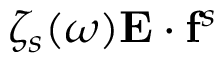
\zeta _ { s } ( \omega ) \mathbf { E } \cdot \mathbf { f } ^ { s }